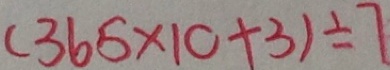
( 3 6 5 \times 1 0 + 3 ) \div 7